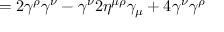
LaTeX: = 2 \gamma ^ { \rho } \gamma ^ { \nu } - \gamma ^ { \nu } 2 \eta ^ { \mu \rho } \gamma _ { \mu } + 4 \gamma ^ { \nu } \gamma ^ { \rho }